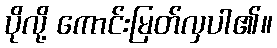
ပိုလို့ ကောင်းမြတ်လှပါ၏။